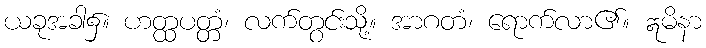
ယခုအခါ၌။ ဟတ္ထပတ္တံ၊ လက်တွင်းသို့။ အာဂတံ၊ ရောက်လာ၏။ ဣမိနာ